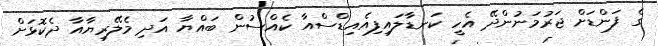
ގެ ފަންޑަށް ޖަރުމަނުންދޭ އެހީ ކަނޑާލައިފިއެއިޑްސްއާ ކެއްސުން ބައްޔާ އަދި މެލޭރިޔާއާ ދެކޮޅަށް